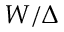
W / \Delta